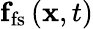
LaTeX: {\mathbf f}_{\mathrm{fs}}\left({\mathbf x},t\right)